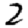
Digit: 2